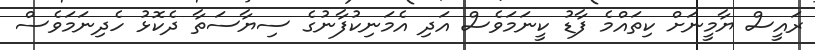
ރައީސް ޔާމީނަށް ކިތައްމެ ފާޑު ކީނަމަވެސް އަދި އެމަނިކުފާނުގެ ސިޔާސަތާ ދެކޮޅު ހެދިނަމަވެސް